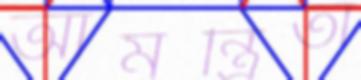
আমন্ত্রিতা